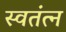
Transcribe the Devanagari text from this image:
स्वतंत्न